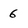
Character: 6